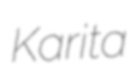
Karita